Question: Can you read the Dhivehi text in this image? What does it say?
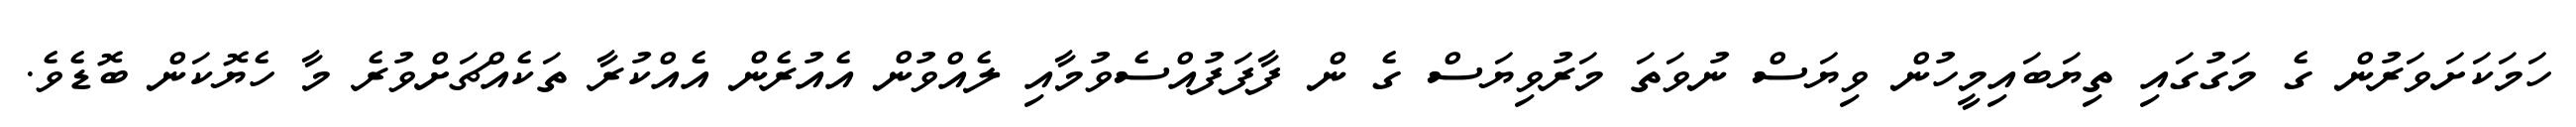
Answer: ހަމަކަށަވަރުން ގެ މަގުގައި ތިޔަބައިމީހުން ވިޔަސް ނުވަތަ މަރުވިޔަސް ގެ ން ފާފަފުއްސެވުމާއި ލެއްވުން އެއުރެން އެއްކުރާ ތަކެއްޗަށްވުރެ މާ ހެޔޮކަން ބޮޑެވެ.